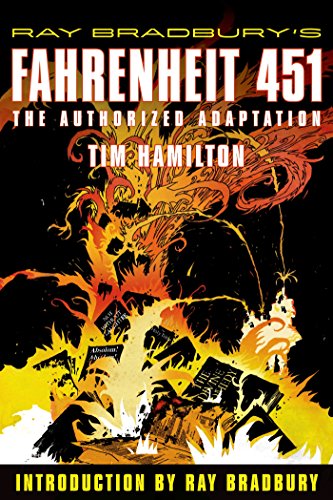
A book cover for Ray Bradbury's Fahrenheit 451: The Authorized Adaptation; Ray Bradbury; Comics & Graphic Novels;